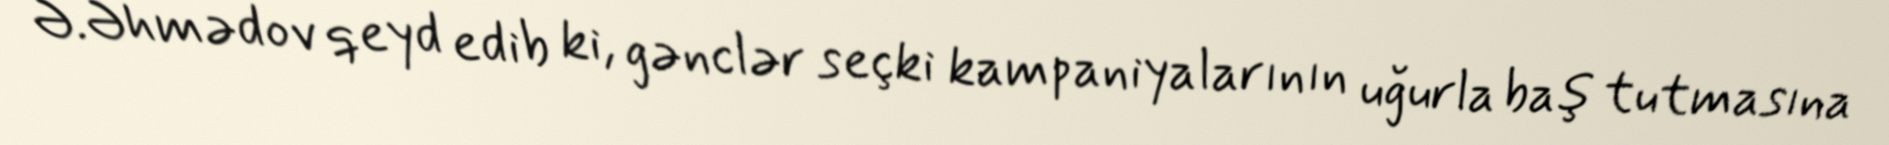
Ə.Əhmədov qeyd edib ki, gənclər seçki kampaniyalarının uğurla baş tutmasına